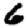
Digit: 6